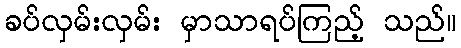
ခပ်လှမ်းလှမ်း မှာသာရပ်ကြည့် သည်။